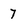
Character: 7